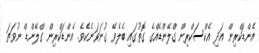
އެންޑަކްރިން އަދި އެކްސަކްރިން ގްލޭންޑެއްގެ ގޮތުގައި ބެލެވޭ ގުނަވަނެކެވެ. އެންޑަކްރިން ގްލޭންޑް ނުވަތަ